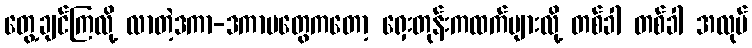
တွေ့ချင်ကြလို့ လာတဲ့ဒကာ-ဒကာမတွေကတော့ ရှေးတုန်းကထက်များလို့ တစ်ခါ တစ်ခါ အလုပ်